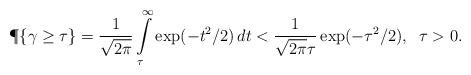
LaTeX: \begin{align*}\P\{\gamma\ge\tau\}=\frac{1}{\sqrt{2\pi}}\int\limits_\tau^\infty\exp(-t^2/2)\,dt<\frac{1}{\sqrt{2\pi}\tau}\exp(-\tau^2/2),\;\;\tau>0.\end{align*}